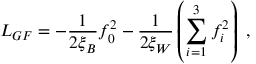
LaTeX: { \cal L } _ { G F } = - \frac { 1 } { 2 \xi _ { B } } f _ { 0 } ^ { 2 } - \frac { 1 } { 2 \xi _ { W } } \left( \sum _ { i = 1 } ^ { 3 } f _ { i } ^ { 2 } \right) \; , \nonumber